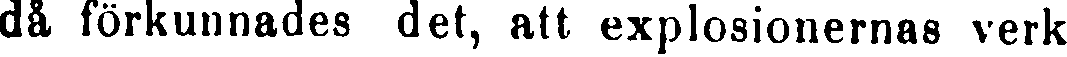
dä, förkunnades det, att explosionerna verk